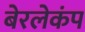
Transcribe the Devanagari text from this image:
बेरलेकंप